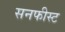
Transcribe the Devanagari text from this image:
सनफीस्ट